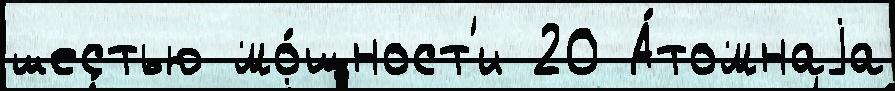
шестью мо́щност'и 20 А́томнаjа